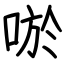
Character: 唹